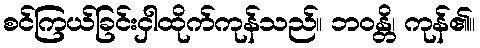
စင်ကြယ်ခြင်းငှါထိုက်ကုန်သည်။ ဘဝန္တိ၊ ကုန်၏။